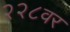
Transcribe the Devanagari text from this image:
२२८वर